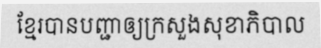
ខ្មែរបានបញ្ជាឲ្យក្រសួងសុខាភិបាល